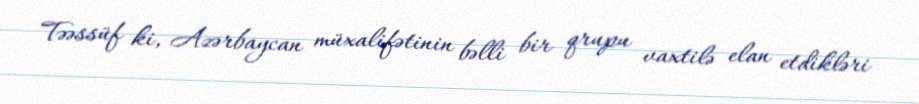
Təəssüf ki, Azərbaycan müxalifətinin bəlli bir qrupu vaxtilə elan etdikləri